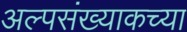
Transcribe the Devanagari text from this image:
अल्पसंख्याकच्या